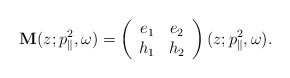
\begin{align*}\mathbf{M}(z; p_{\parallel}^2, \omega) = \left(\begin{array}{cc} e_1 & e_2\\h_1 & h_2 \end{array}\right)(z; p_{\parallel}^2, \omega).\end{align*}